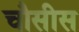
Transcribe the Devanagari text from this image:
चौसीस